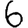
Digit: 6